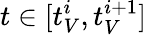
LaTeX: t\in[t_{V}^{i},t_{V}^{i+1}]